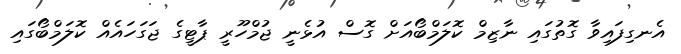
އެނގިފައިވާ ގޮތުގައި ނާޒިމް ކޮލަމްބޯއަށް ގޮސް އުޅެނީ ޖުމްހޫރީ ޕާޓީގެ ޖަގަހައެއް ކޮލަމްބޯގައި